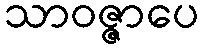
သာဝဇ္ဇာပေ